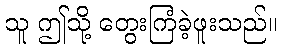
သူ ဤသို့ တွေးကြံခဲ့ဖူးသည်။